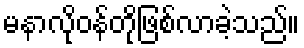
မနာလိုဝန်တိုဖြစ်လာခဲ့သည်။